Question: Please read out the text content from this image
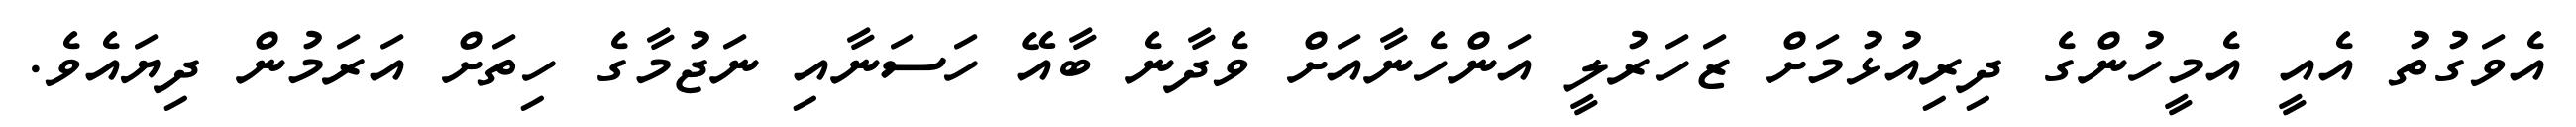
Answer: އެވަގުތު އެއީ އެމީހުންގެ ދިރިއުޅުމަށް ޒަހަރުލީ އަންހެނާއަށް ވެދާނެ ބާއޭ ހަސަނާއި ނަޖުމާގެ ހިތަށް އަރަމުން ދިޔައެވެ.